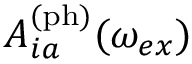
A _ { i a } ^ { \mathrm { ( p h ) } } ( \omega _ { e x } )